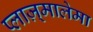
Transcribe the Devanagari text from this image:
प्लाज़्मालेमा